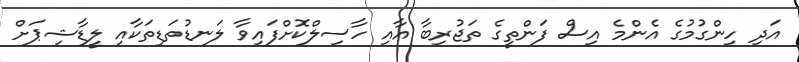
އަދި ހިންގުމުގެ އެންމެ އިސް ފަންތީގެ ތަޖުރިބާ އާއި ހާސިލްކޮށްފައިވާ ލަނޑުތަޑިތަކާއި ލީޑާޝިޕަށް